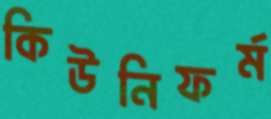
কিউনিফর্ম